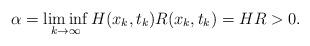
LaTeX: \begin{align*} \alpha= \liminf_{k\to\infty} H(x_k,t_k)R(x_k,t_k) = HR >0.\end{align*}